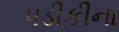
પડીકીના